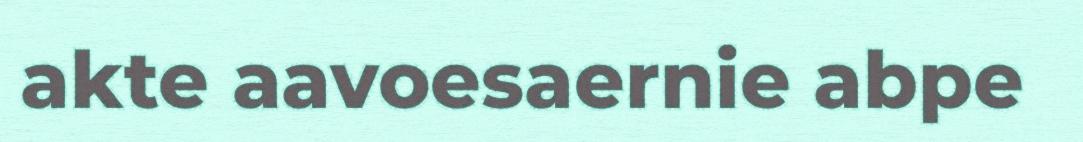
akte aavoesaernie abpe